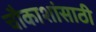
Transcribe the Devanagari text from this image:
चौकाशांसाठी